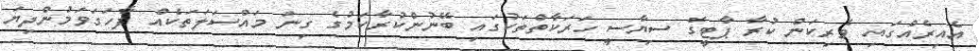
އެއިރެއްގައި ވެރިކަން ކުރާ ޕާޓީގެ ސިޔާސީ ހަރަކާތްތަކުގައި ބޭނުންކުރާކަމުގެ ގިނަ މައްސަލަތަކެއް ފާހަގަވަމުންދިޔަ